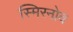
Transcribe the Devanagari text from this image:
स्मिरनोव